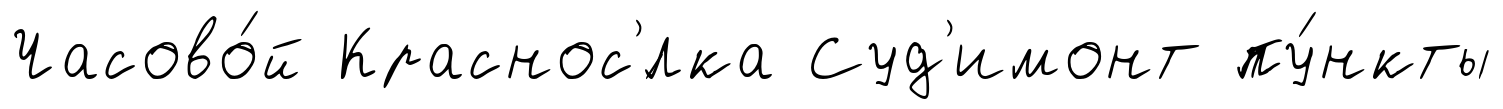
Часово́й Краснос'́лка Суд'имонт пу́нкты